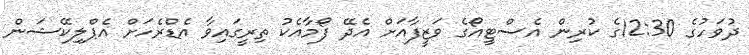
ދުވަހުގެ 12:30ގެ ކުރިން އެސްޓީއޯގެ ވަޒީފާއަށް އެދޭ ފޯމާއެކު ތިރީގައިވާ އެޑްރެހަށް އެޕްލިކޭޝަން